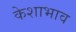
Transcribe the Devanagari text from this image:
केशाभाव